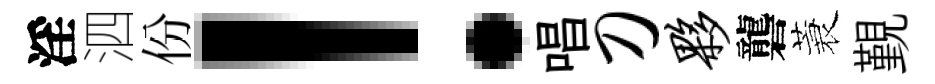
淫泗份！唱刀夥礱蓑覲